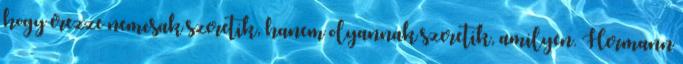
hogy érezze nemcsak szeretik, hanem olyannak szeretik, amilyen. Hermann